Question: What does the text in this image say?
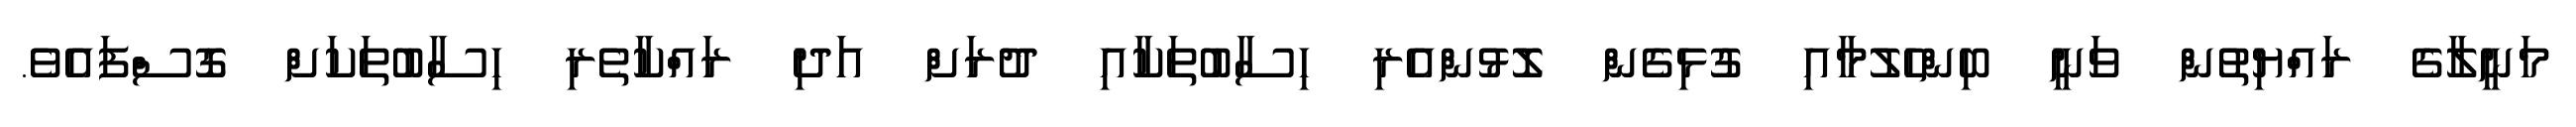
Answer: މަނީލާގެ ރައްޔިތުން ވަނީ ބިންހެލުމާއި ގުޅިގެން ލޮޅުންއެރި ހިސާބުތަކާއި ދުރަށް އަދި ރައްކާތެރި ހިސާބުތަކަށް ގޮސްފައެވެ.